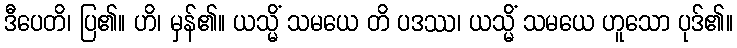
ဒီပေတိ၊ ပြ၏။ ဟိ၊ မှန်၏။ ယသ္မိံ သမယေ တိ ပဒဿ၊ ယသ္မိံ သမယေ ဟူသော ပုဒ်၏။